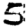
Digit: 5